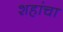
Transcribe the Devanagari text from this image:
शहांचा